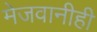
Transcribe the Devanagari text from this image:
मेजवानीही